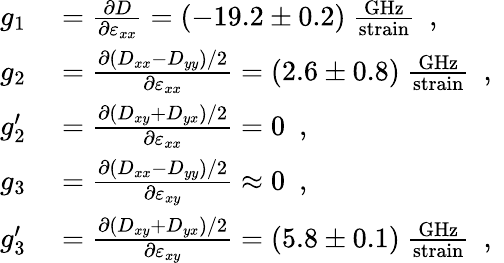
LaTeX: \begin{array}{rl}{g_{1}}&{{}=\frac{\partial D}{\partial\varepsilon_{xx}}=(-19.2\pm 0.2)~\frac{\mathrm{GHz}}{\mathrm{strain}}\ \mathrm{~,~}}\\ {g_{2}}&{{}=\frac{\partial(D_{xx}-D_{yy})/2}{\partial\varepsilon_{xx}}=(2.6\pm 0.8)~\frac{\mathrm{GHz}}{\mathrm{strain}}\ \mathrm{~,~}}\\ {g_{2}^{\prime}}&{{}=\frac{\partial(D_{xy}+D_{yx})/2}{\partial\varepsilon_{xx}}=0\ \mathrm{~,~}}\\ {g_{3}}&{{}=\frac{\partial(D_{xx}-D_{yy})/2}{\partial\varepsilon_{xy}}\approx 0\ \mathrm{~,~}}\\ {g_{3}^{\prime}}&{{}=\frac{\partial(D_{xy}+D_{yx})/2}{\partial\varepsilon_{xy}}=(5.8\pm 0.1)~\frac{\mathrm{GHz}}{\mathrm{strain}}\ \mathrm{~,~}}\end{array}